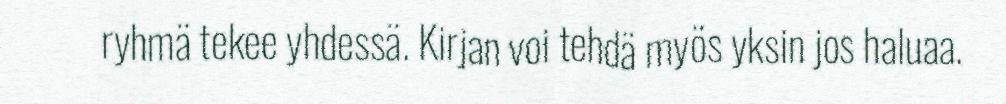
ryhmä tekee yhdessä. Kirjan voi tehdä myös yksin jos haluaa.